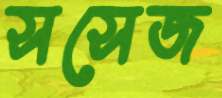
সসেজ